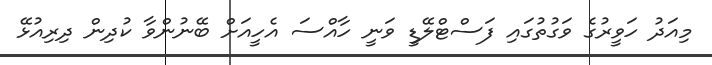
މިއަދު ހަވީރުގެ ވަގުތުގައި ފަސްޓްލޭޑީ ވަނީ ހާއްސަ އެހީއަށް ބޭނުންވާ ކުދިން ދިރިއުޅޭ